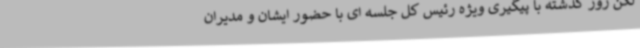
لکن روز گذشته با پیگیری ویژه رئیس کل جلسه ای با حضور ایشان و مدیران